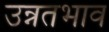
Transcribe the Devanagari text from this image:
उन्नतभाव